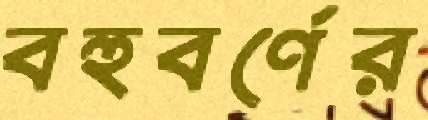
বহুবর্ণের